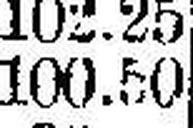
100.50